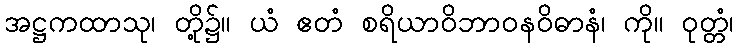
အဋ္ဌကထာသု၊ တို့၌။ ယံ ဧတံ စရိယာဝိဘာဝနဝိဓာနံ၊ ကို။ ဝုတ္တံ၊